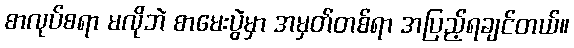
စာလုပ်စရာ မလိုဘဲ စာမေးပွဲမှာ အမှတ်တစ်ရာ အပြည့်ရချင်တယ်။